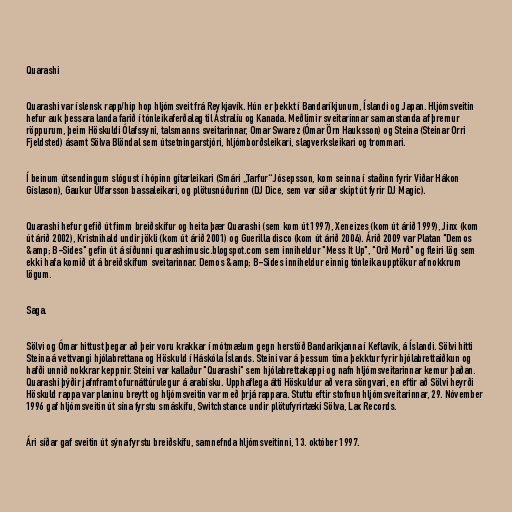
Quarashi

Quarashi var íslensk rapp/hip hop hljómsveit frá Reykjavík. Hún er þekkt í Bandaríkjunum, Íslandi og Japan. Hljómsveitin
hefur auk þessara landa farið í tónleikaferðalag til Ástralíu og Kanada. Meðlimir sveitarinnar samanstanda af þremur
röppurum, þeim Höskuldi Ólafssyni, talsmanns sveitarinnar, Omar Swarez (Ómar Örn Hauksson) og Steina (Steinar Orri
Fjeldsted) ásamt Sölva Blöndal sem útsetningarstjóri, hljómborðsleikari, slagverksleikari og trommari.

Í beinum útsendingum slógust í hópinn gítarleikari (Smári „Tarfur“ Jósepsson, kom seinna í staðinn fyrir Viðar Hákon
Gíslason), Gaukur Úlfarsson bassaleikari, og plötusnúðurinn (DJ Dice, sem var síðar skipt út fyrir DJ Magic).

Quarashi hefur gefið út fimm breiðskífur og heita þær Quarashi (sem kom út 1997), Xeneizes (kom út árið 1999), Jinx (kom
út árið 2002), Kristnihald undir jökli (kom út árið 2001) og Guerilla disco (kom út árið 2004). Árið 2009 var Platan "Demos
&amp; B-Sides" gefin út á síðunni quarashimusic.blogspot.com sem inniheldur "Mess It Up", "Orð Morð" og fleiri lög sem
ekki hafa komið út á breiðskífum sveitarinnar. Demos &amp; B-Sides inniheldur einnig tónleika upptökur af nokkrum
lögum.

Saga.

Sölvi og Ómar hittust þegar að þeir voru krakkar í mótmælum gegn herstöð Bandaríkjanna í Keflavík, á Íslandi. Sölvi hitti
Steina á vettvangi hjólabrettana og Höskuld í Háskóla Íslands. Steini var á þessum tíma þekktur fyrir hjólabrettaiðkun og
hafði unnið nokkrar keppnir. Steini var kallaður "Quarashi" sem hjólabrettakappi og nafn hljómsveitarinnar kemur þaðan.
Quarashi þýðir jafnframt ofurnáttúrulegur á arabísku. Upphaflega átti Höskuldur að vera söngvari, en eftir að Sölvi heyrði
Höskuld rappa var planinu breytt og hljómsveitin var með þrjá rappara. Stuttu eftir stofnun hljómsveitarinnar, 29. Nóvember
1996 gaf hljómsveitin út sína fyrstu smáskífu, Switchstance undir plötufyrirtæki Sölva, Lax Records.

Ári síðar gaf sveitin út sýna fyrstu breiðskífu, samnefnda hljómsveitinni, 13. október 1997.